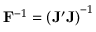
\mathbf { F } ^ { - 1 } = \left( \mathbf { J } ^ { \prime } \mathbf { J } \right) ^ { - 1 }